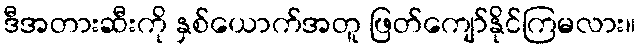
ဒီအတားဆီးကို နှစ်ယောက်အတူ ဖြတ်ကျော်နိုင်ကြမလား။